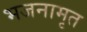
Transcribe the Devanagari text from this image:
भजनामृत